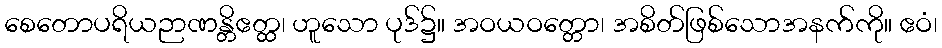
စေတောပရိယဉာဏန္တိဧတ္ထ၊ ဟူသော ပုဒ်၌။ အဝယဝတ္တော၊ အစိတ်ဖြစ်သောအနက်ကို။ ဧဝံ၊